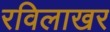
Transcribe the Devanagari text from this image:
रविलाखर